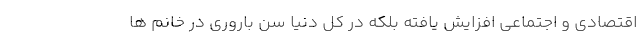
اقتصادی و اجتماعی افزایش یافته بلکه در کل دنیا سن باروری در خانم ها